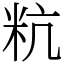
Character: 粇